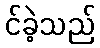
င်ခဲ့သည်